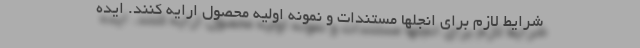
شرایط لازم برای انجلها مستندات و نمونه اولیه محصول ارایه کنند. ایده